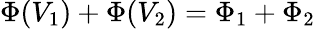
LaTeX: \Phi(V_{\mathrm{1}})+\Phi(V_{\mathrm{2}})=\Phi_{\mathrm{1}}+\Phi_{\mathrm{2}}